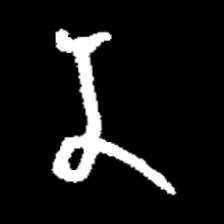
Pyu character \u2014 Myanmar letter: န (romanized: na)